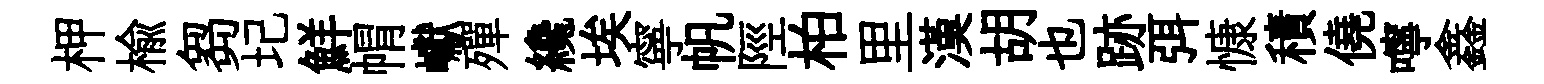
柙榆芻圮鮮㡌巘殫纔埃寧帆陘柏里漢胡也跡弭慷積僥嚀鑫